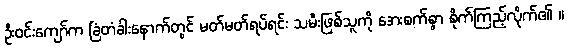
ဦးဝင်းကျော်က ခြံတံခါးနောက်တွင် မတ်မတ်ရပ်ရင်း သမီးဖြစ်သူကို အေးစက်စွာ စိုက်ကြည့်လိုက်၏ ။